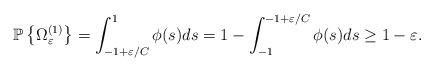
LaTeX: \begin{align*}\mathbb P\left\{\Omega^{(1)}_\varepsilon \right\}=\int ^{1}_{-1+\varepsilon/C}\phi(s)ds=1-\int_{-1} ^{-1+\varepsilon/C}\phi(s)ds\ge 1-\varepsilon.\end{align*}